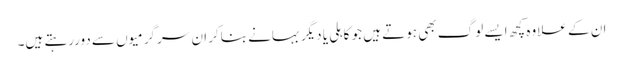
ان کے علاوہ کچھ ایسے لوگ بھی ہوتے ہیں جو کاہلی یا دیگر بہانے بناکر ان سرگرمیوں سے دوررہتے ہیں۔